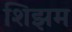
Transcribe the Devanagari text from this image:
शिझम